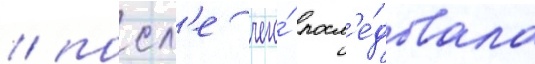
/ посл'е чего́ посл'е́довала